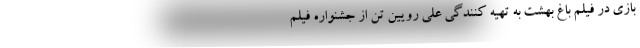
بازی در فیلم باغ بهشت به تهیه کنندگی علی رویین تن از جشنواره فیلم